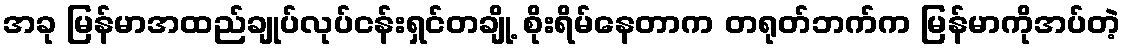
အခု မြန်မာအထည်ချုပ်လုပ်ငန်းရှင်တချို့ စိုးရိမ်နေတာက တရုတ်ဘက်က မြန်မာကိုအပ်တဲ့